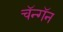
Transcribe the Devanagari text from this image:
चॅन्गॅन